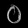
Digit: ၀